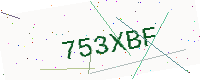
Text: 753XBF